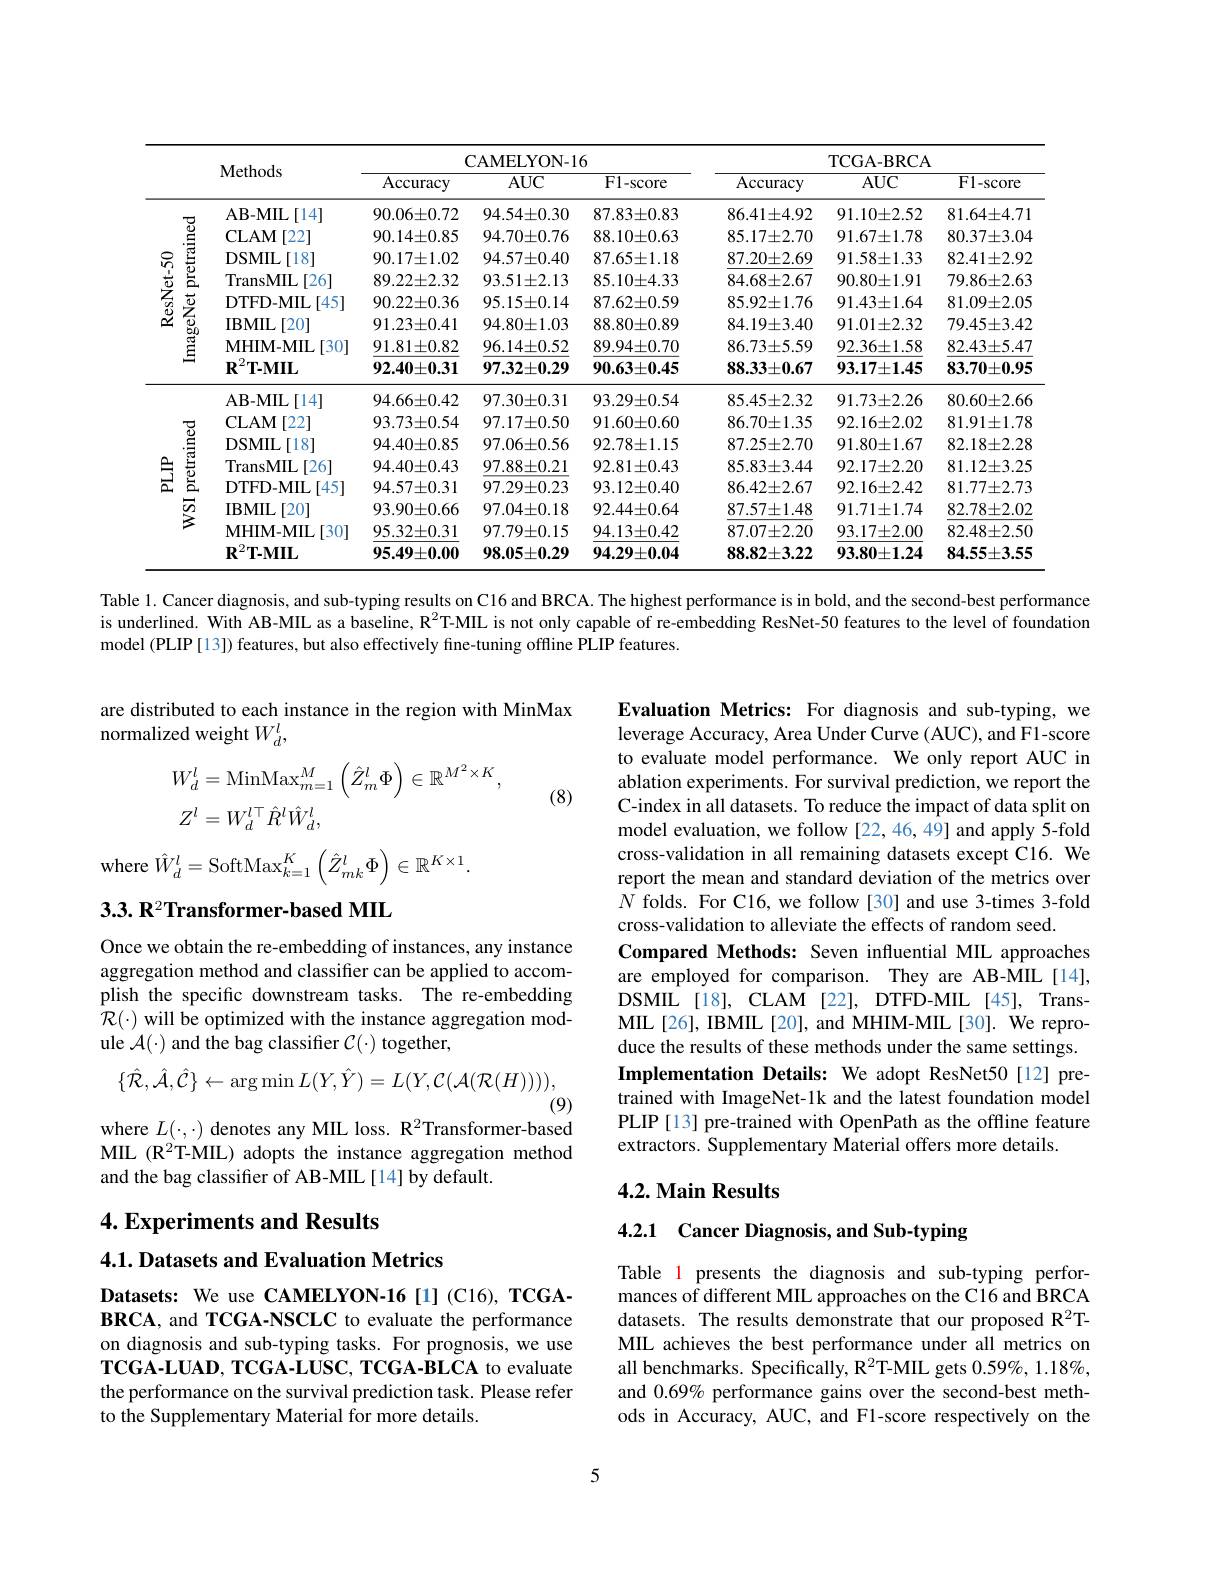
<table>
	<tbody>
		<tr>
			<th> </th>
			<th> </th>
			<th> </th>
			<th colspan="3">CAMELYON- 16</th>
			<th colspan="3">TCGA- BRCA</th>
		</tr>
		<tr>
			<th rowspan="1">ImageNet pretrained ResNet- 50</th>
			<th></th>
			<th>${\mathbf{v}}{\mathbf{v}}{\mathbf{v}}{\mathbf{c}}{\mathbf{v}}{\mathbf{v}}{\mathbf{v}}{\mathbf{v}}{\mathbf{v}}{\mathbf{v}}{\mathbf{v}}{\mathbf{v}}{\mathbf{v}}{\mathbf{v}}{\mathbf{v}}{\mathbf{v}}{\mathbf{v}}{\mathbf{v}}{\mathbf{v}}{\mathbf{v}}{\mathbf{v}}{\mathbf{v}}{\mathbf{v}}$</th>
			<th>Accuracy</th>
			<th>$AUC$</th>
			<th>F1-score</th>
			<th>Accuracy</th>
			<th>$AUC$</th>
			<th>F1-score</th>
		</tr>
		<tr>
			<td rowspan="7">$\dot{a}$ T $\dot{E}$ nretra $r$ ResNet- 50 $\frac{\vec{a}}{2}$ 0 $E$ $\varpi$ $E$</td>
			<td>AB- MIL 一</td>
			<td>$\mathbf{AB-MIL}$ [14]</td>
			<td>$90.06\pm0.72$</td>
			<td>$94.54\pm0.30$</td>
			<td>$87.83\pm0.83$</td>
			<td>$86.41\pm4.92$</td>
			<td>$91.10\pm2.52$</td>
			<td>$81.64\pm4.71$</td>
		</tr>
		<tr>
			<td>二 CLAM</td>
			<td>CLAM [22]</td>
			<td>$90.14\pm0.85$</td>
			<td>$94.70\pm0.76$</td>
			<td>$88.10\pm0.63$</td>
			<td>$85.17\pm2.70$</td>
			<td>$91.67\pm1.78$</td>
			<td>$80.37\pm3.04$</td>
		</tr>
		<tr>
			<td>DSMIL</td>
			<td>DSMIL [18] </td>
			<td>$90.17\pm1.02$</td>
			<td>$94.57\pm0.40$</td>
			<td>$87.65\pm1.18$</td>
			<td>$87.20\pm2.69$</td>
			<td>$91.58\pm1.33$</td>
			<td>$82.41\pm2.92$</td>
		</tr>
		<tr>
			<td> TransMI</td>
			<td>TransMIL [26]</td>
			<td>$89.22\pm2.32$</td>
			<td>$93.51\pm2.13$</td>
			<td>$85.10\pm4.33$</td>
			<td>$84.68\pm2.67$</td>
			<td>$90.80\pm1.91$</td>
			<td>$79.86\pm2.63$</td>
		</tr>
		<tr>
			<td>$\vec{2}$ DTFD- N</td>
			<td>DrreD-MIL [45]</td>
			<td>$90.22\pm0.36$</td>
			<td>$95.15\pm0.14$</td>
			<td>$87.62\pm0.59$</td>
			<td>$85.92\pm1.76$</td>
			<td>$91.43\pm1.64$</td>
			<td>$81.09\pm2.05$</td>
		</tr>
		<tr>
			<td>IBMIL</td>
			<td>IBMIL [20]</td>
			<td>$91.23\pm0.41$</td>
			<td>$94.80\pm1.03$</td>
			<td>$88.80\pm0.89$</td>
			<td>$84.19\pm3.40$</td>
			<td>$91.01\pm2.32$</td>
			<td>$79.45\pm3.42$</td>
		</tr>
		<tr>
			<td>9 MHIM- I =</td>
			<td>MHIM- MIL [30]</td>
			<td>$91.81\pm0.82$</td>
			<td>$96.14\pm0.52$</td>
			<td>$89.94\pm0.70$</td>
			<td>$86.73\pm5.59$</td>
			<td>$92.36\pm1.58$</td>
			<td>$82.43\pm5.47$</td>
		</tr>
		<tr>
			<td> </td>
			<td>$\mathbf{R}^{2}\mathbf{T-MI}$</td>
			<td>$\mathbf{R}^{2}\mathbf{T-MIL}$</td>
			<td>$92.40\pm0.31$</td>
			<td>$97.32\pm0.29$</td>
			<td>$90.63\pm0.45$</td>
			<td>88.33±0.67</td>
			<td>$93.17\pm1.45$</td>
			<td>$83.70\pm0.95$</td>
		</tr>
		<tr>
			<td rowspan="8">1 $E$ 至 宣 </td>
			<td>AB- MIL</td>
			<td>AB- MIL$\left [ 14\right ]$</td>
			<td>$94.66\pm0.42$</td>
			<td>$97.30\pm0.31$</td>
			<td>$93.29\pm0.54$</td>
			<td>$85.45\pm2.32$</td>
			<td>$91.73\pm2.26$</td>
			<td>$80.60\pm2.66$</td>
		</tr>
		<tr>
			<td>CLAM -</td>
			<td>CLAM [22]</td>
			<td>$93.73\pm0.54$</td>
			<td>$97.17\pm0.50$</td>
			<td>$91.60\pm0.60$</td>
			<td>$86.70\pm1.35$</td>
			<td>$92.16\pm2.02$</td>
			<td>$81.91\pm1.78$</td>
		</tr>
		<tr>
			<td>DSMIL</td>
			<td>DSMIL$\left [ 18\right ]$</td>
			<td>$94.40\pm0.85$</td>
			<td>$97.06\pm0.56$</td>
			<td>$92.78\pm1.15$</td>
			<td>$87.25\pm2.70$</td>
			<td>$91.80\pm1.67$</td>
			<td>$82.18\pm2.28$</td>
		</tr>
		<tr>
			<td>TransMI $\exists$</td>
			<td>TransMIL [26]</td>
			<td>$94.40\pm0.43$</td>
			<td>$97.88\pm0.21$</td>
			<td>$92.81\pm0.43$</td>
			<td>$85.83\pm3.44$</td>
			<td>$92.17\pm2.20$</td>
			<td>$81.12\pm3.25$</td>
		</tr>
		<tr>
			<td>三 DTFD- N</td>
			<td>$DTFD-MIL$ $\cdot[45]$</td>
			<td>$94.57\pm0.31$</td>
			<td>$97.29\pm0.23$</td>
			<td>$93.12\pm0.40$</td>
			<td>$86.42\pm2.67$</td>
			<td>$92.16\pm2.42$</td>
			<td>$81.77\pm2.73$</td>
		</tr>
		<tr>
			<td>IBMIL -</td>
			<td>IBMIL ,[20]</td>
			<td>$93.90\pm0.66$</td>
			<td>$97.04\pm0.18$</td>
			<td>$92.44\pm0.64$</td>
			<td>$87.57\pm1.48$</td>
			<td>$91.71\pm1.74$</td>
			<td>$82.78\pm2.02$</td>
		</tr>
		<tr>
			<td>MHIM- I</td>
			<td>MHIM- MIL [30]</td>
			<td>$95.32\pm0.31$</td>
			<td>$97.79\pm0.15$</td>
			<td>$94.13\pm0.42$</td>
			<td>$87.07\pm2.20$</td>
			<td>$93.17\pm2.00$</td>
			<td>$82.48\pm2.50$</td>
		</tr>
		<tr>
			<td>$\mathbf{R}^{2}\mathbf{T-MI}$</td>
			<td>$\mathbf{R}^{2}\mathbf{T-MIL}$</td>
			<td>$95.49\pm0.00$</td>
			<td>$98.05\pm0.29$</td>
			<td>$94.29\pm0.04$</td>
			<td>$88.82\pm3.22$</td>
			<td>$93.80\pm1.24$</td>
			<td>$84.55\pm3.55$</td>
		</tr>
	</tbody>
</table>

Table 1. Cancer diagnosis, and sub-typing results on C16 and BRCA. The highest performance is in bold, and the second-best performance is underlined. With AB-MIL as a baseline, R$^{2}$T-MIIL is not only capable of re-embedding ResNet-50 features to the level of foundation model (PLIP[13]) features, but also effectively fine-tuning offline PLIP features.

are distributed to each instance in the region with MinMax
normalized weight $W_d^l$,
$$\begin{aligned}W_{d}^{l}&=\mathrm{MinMax}_{m=1}^{M}\left(\hat{Z}_{m}^{l}\Phi\right)\in\mathbb{R}^{M^{2}\times K},\\Z^{l}&=W_{d}^{l\top}\hat{R}^{l}\hat{W}_{d}^{l},\end{aligned}$$
(8)

${\mathrm{where~}}\hat{W}_{d}^{l}={\mathrm{SoftMax}}_{k=1}^{K}\left(\hat{Z}_{mk}^{l}\Phi\right)\in\mathbb{R}^{K\times1}.$

$3.3.\textbf{R}^2$Transformer-based MIIL

Evaluation Metrics: For diagnosis and sub-typing, we leverage Accuracy, Area Under Curve (AUC), and F1-score to evaluate model performance. We only report AUC in ablation experiments. For survival prediction, we report the C-index in all datasets. To reduce the impact of data split on model evaluation, we follow [22,46,49] and apply 5-fold cross-validation in all remaining datasets except C16. We report the mean and standard deviation of the metrics over $N$ folds. For C16, we follow [30] and use 3-times 3-fold cross-validation to alleviate the effects of random seed.
Compared Methods: Seven influential MIL approaches are employed for comparison. They are AB-MIL[14], DSMIL[18], CLAM[22], DTFD-MIL[45], TransMIL[26], IBMIL[20], and MHIM-MIL[30]. We reproduce the results of these methods under the same settings. Implementation Details: We adopt ResNet50[12] pretrained with ImageNet-1k and the latest foundation model PLIP [13] pre-trained with OpenPath as the offline feature extractors. Supplementary Material offers more details.

Once we obtain the re-embedding of instances, any instance aggregation method and classifier can be applied to accomplish the specific downstream tasks. The re-embedding $\hat{\mathcal{R}}(\cdot)$ will be optimized with the instance aggregation module $\mathcal{A}(\cdot)$ and the bag classifier $\mathcal{C}(\cdot)$ together,
$$\{\hat{\mathcal R},\hat{\mathcal A},\hat{\mathcal C}\}\leftarrow\arg\min L(Y,\hat{Y})=L(Y,\mathcal C(\mathcal A(\mathcal R(H)))),$$
(9)
where $L(\cdot,\cdot)$ denotes any MIL loss. R$^2$Transformer-based

MIL (R$^2$T-MIIL) adopts the instance aggregation method
and the bag classifier of AB-MIL[14] by default.

## $4. 2. \textbf{Main Results}$

# 4.2.1 Cancer Diagnosis, and Sub-typing

## 4. Experiments and Results 4.1. Datasets and Evaluation Metrics

Table 1 presents the diagnosis and sub-typing performances of different MIL approaches on the C16 and BRCA datasets. The results demonstrate that our proposed R$^{2}$TMIL achieves the best performance under all metrics on all benchmarks. Specifically, R$^{2}$T-MIL gets 0.59%, 1.18%, and $0.69\%$ performance gains over the second-best methods in Accuracy, AUC, and F1-score respectively on the

Datasets: We use CAMELYON-16[1](C16),TCGABRCA, and TCGA-NSCLC to evaluate the performance on diagnosis and sub-typing tasks. For prognosis, we use $\mathbf{TCGA-LUAD,~TCGA-LUSC,~TCGA-BLCA~to~evaluate}$ the performance on the survival prediction task. Please refer to the Supplementary Material for more details.

5